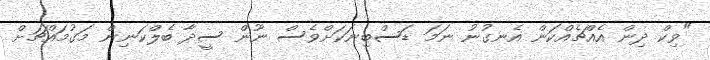
"ވިކް ދިން އެއްޗެއްކަން އެނގުނު ނަމަ ޑަސްބިނަކަށްވެސް ނޫން ސީދާ ބެލްކަނިން މަގުމައްޗަށް